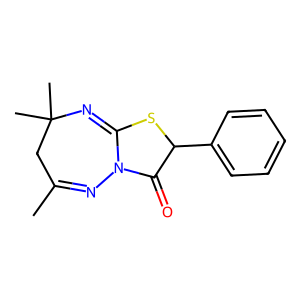
SMILES: CC1=NN2C(=O)C(c3ccccc3)SC2=NC(C)(C)C1
Inhibits HIV replication: No